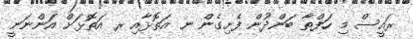
ރައީސް މި ހަފްތާ ބަންދުން ފެށިގެން ނ އަތޮޅާއި ރ އަތޮޅަށް އަންނަނީ